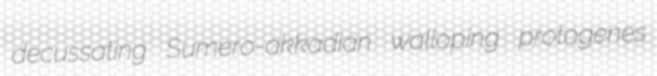
decussating Sumero-akkadian walloping protogenes